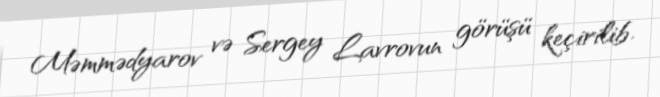
Məmmədyarov və Sergey Lavrovun görüşü keçirilib.